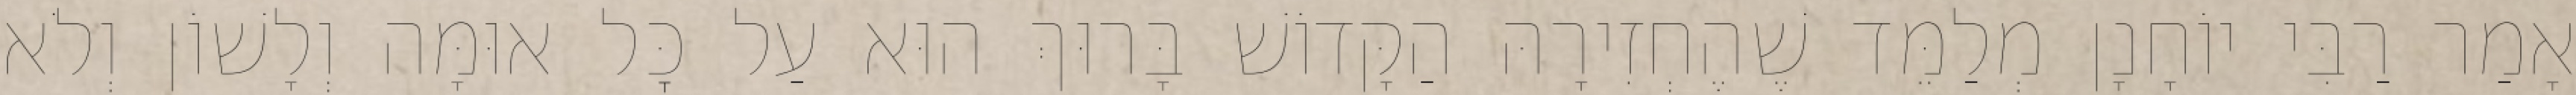
אָמַר רַבִּי יוֹחָנָן מְלַמֵּד שֶׁהֶחְזִירָהּ הַקָּדוֹשׁ בָּרוּךְ הוּא עַל כׇּל אוּמָּה וְלָשׁוֹן וְלֹא